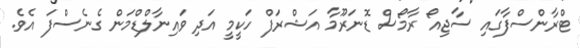
ޓްރާންސްފާގައި ސާޖިއޯ ރާމޯސް ޑޮނަރޫމާ އަޝްރަފް ހަކީމީ އަދި ވައިނާލްޑްމަން ގެނެސްފަ އެވެ.